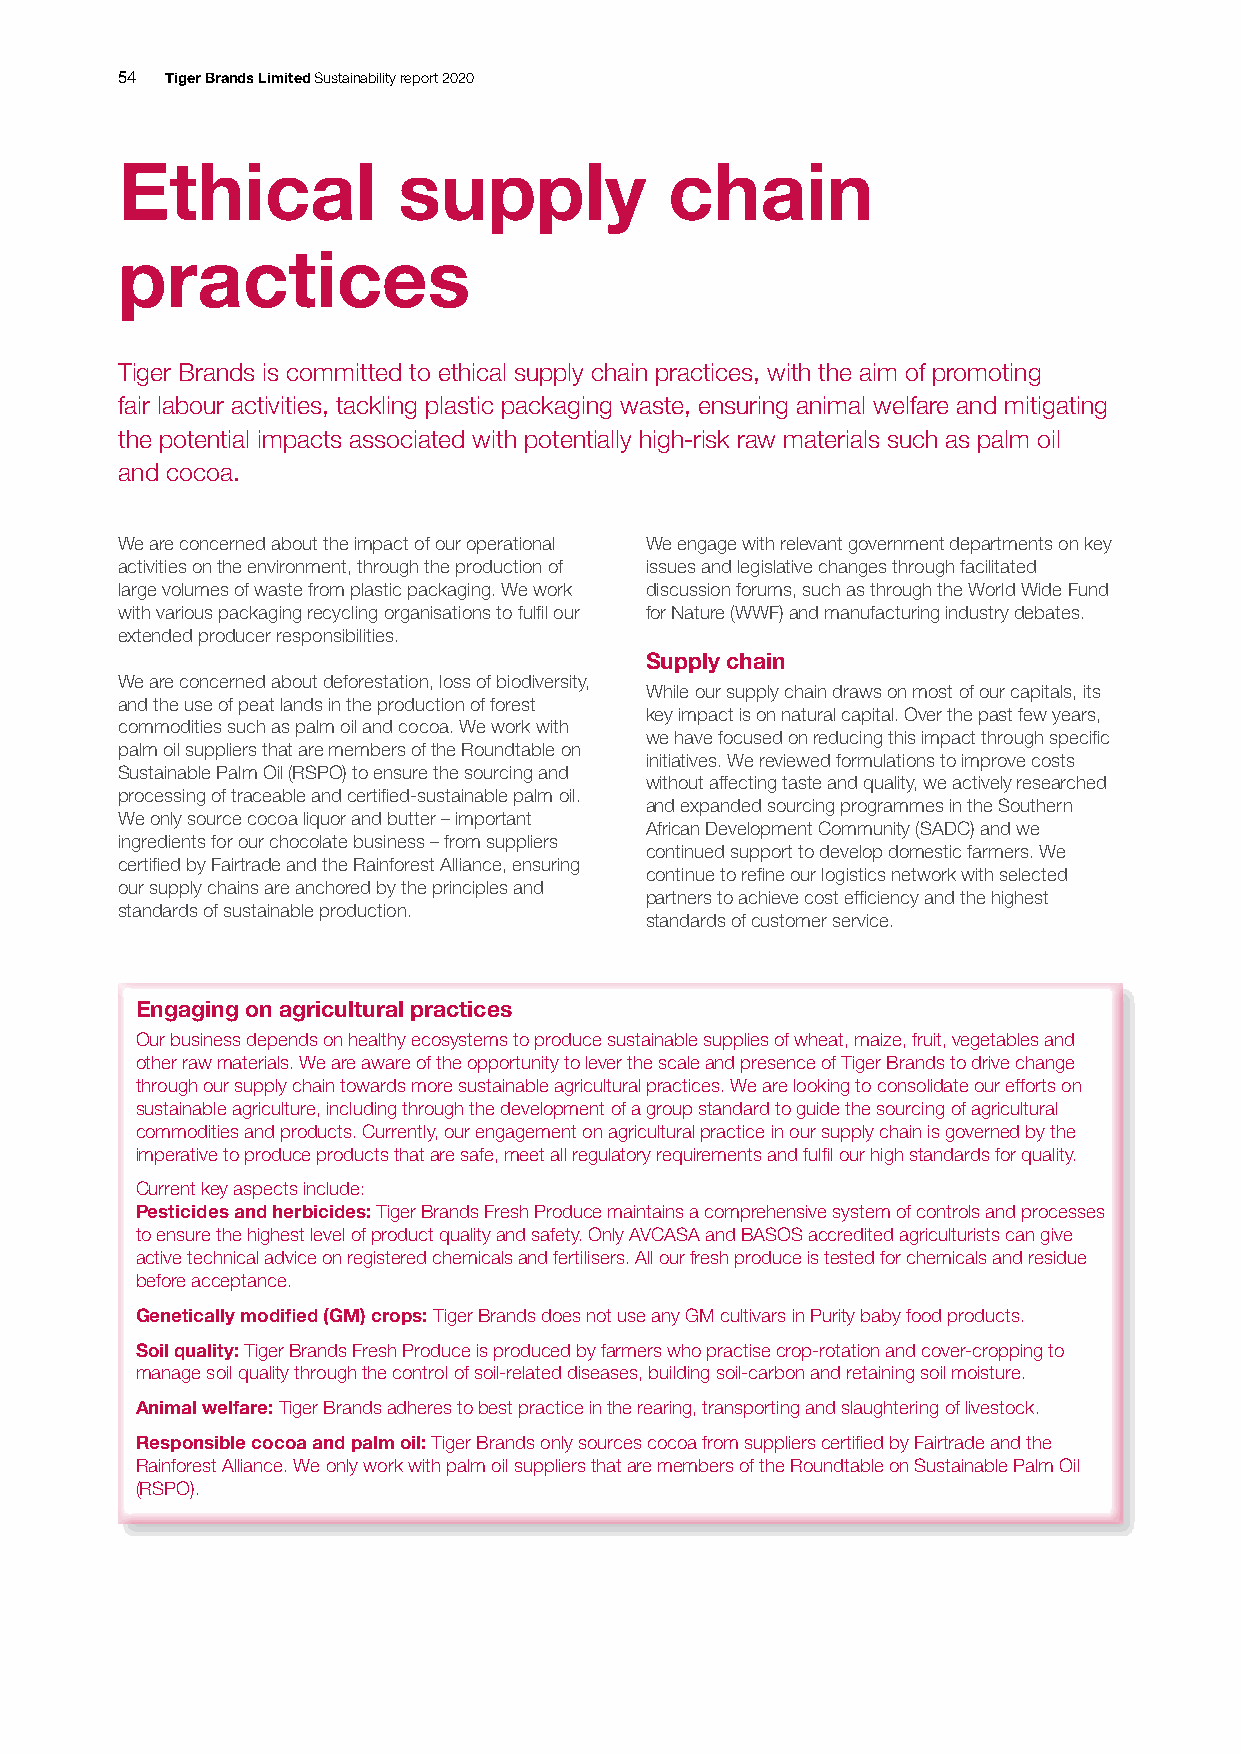
54 Tiger Brands Limited Sustainability report 2020
 Ethical           supply            chain
 practices
 Tiger Brands is committed to ethical supply chain practices, with the aim of promoting
 fair labour activities, tackling plastic packaging waste, ensuring animal welfare and mitigating
 the potential impacts associated with potentially high-risk raw materials such as palm oil
 and cocoa.
 We are concerned about the impact of our operational We engage with relevant government departments on key
 activities on the environment, through the production of issues and legislative changes through facilitated
 large volumes of waste from plastic packaging. We work discussion forums, such as through the World Wide Fund
 with various packaging recycling organisations to fulfil our for Nature (WWF) and manufacturing industry debates.
 extended producer responsibilities.
 Supply chain
 We are concerned about deforestation, loss of biodiversity,
 While our supply chain draws on most of our capitals, its
 and the use of peat lands in the production of forest
 key impact is on natural capital. Over the past few years,
 commodities such as palm oil and cocoa. We work with
 we have focused on reducing this impact through specific
 palm oil suppliers that are members of the Roundtable on
 initiatives. We reviewed formulations to improve costs
 Sustainable Palm Oil (RSPO) to ensure the sourcing and
 without affecting taste and quality, we actively researched
 processing of traceable and certified-sustainable palm oil.
 and expanded sourcing programmes in the Southern
 We only source cocoa liquor and butter – important
 African Development Community (SADC) and we
 ingredients for our chocolate business – from suppliers
 continued support to develop domestic farmers. We
 certified by Fairtrade and the Rainforest Alliance, ensuring
 continue to refine our logistics network with selected
 our supply chains are anchored by the principles and
 partners to achieve cost efficiency and the highest
 standards of sustainable production.
 standards of customer service.
 Engaging on agricultural practices
 Our business depends on healthy ecosystems to produce sustainable supplies of wheat, maize, fruit, vegetables and
 other raw materials. We are aware of the opportunity to lever the scale and presence of Tiger Brands to drive change
 through our supply chain towards more sustainable agricultural practices. We are looking to consolidate our efforts on
 sustainable agriculture, including through the development of a group standard to guide the sourcing of agricultural
 commodities and products. Currently, our engagement on agricultural practice in our supply chain is governed by the
 imperative to produce products that are safe, meet all regulatory requirements and fulfil our high standards for quality.
 Current key aspects include:
 Pesticides and herbicides: Tiger Brands Fresh Produce maintains a comprehensive system of controls and processes
 to ensure the highest level of product quality and safety. Only AVCASA and BASOS accredited agriculturists can give
 active technical advice on registered chemicals and fertilisers. All our fresh produce is tested for chemicals and residue
 before acceptance.
 Genetically modified (GM) crops: Tiger Brands does not use any GM cultivars in Purity baby food products.
 Soil quality: Tiger Brands Fresh Produce is produced by farmers who practise crop-rotation and cover-cropping to
 manage soil quality through the control of soil-related diseases, building soil-carbon and retaining soil moisture.
 Animal welfare: Tiger Brands adheres to best practice in the rearing, transporting and slaughtering of livestock.
 Responsible cocoa and palm oil: Tiger Brands only sources cocoa from suppliers certified by Fairtrade and the
 Rainforest Alliance. We only work with palm oil suppliers that are members of the Roundtable on Sustainable Palm Oil
 (RSPO).